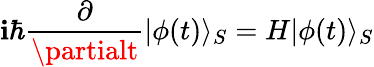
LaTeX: \mathbf{i}\hbar\frac{{\partial}}{{\partialt}}|\phi(t)\rangle_{S}=H|\phi(t)\rangle_{S}